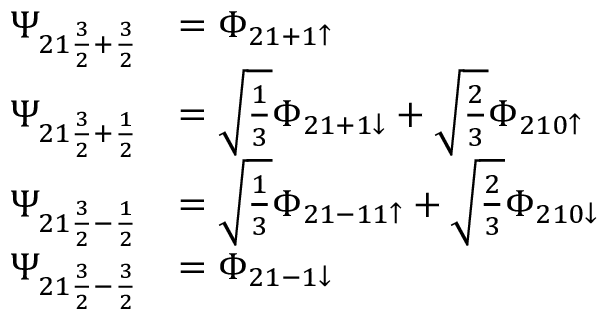
\begin{array} { r l } { \Psi _ { 2 1 \frac { 3 } { 2 } + \frac { 3 } { 2 } } } & { = \Phi _ { 2 1 + 1 \uparrow } } \\ { \Psi _ { 2 1 \frac { 3 } { 2 } + \frac { 1 } { 2 } } } & { = \sqrt { \frac { 1 } { 3 } } \Phi _ { 2 1 + 1 \downarrow } + \sqrt { \frac { 2 } { 3 } } \Phi _ { 2 1 0 \uparrow } } \\ { \Psi _ { 2 1 \frac { 3 } { 2 } - \frac { 1 } { 2 } } } & { = \sqrt { \frac { 1 } { 3 } } \Phi _ { 2 1 - 1 1 \uparrow } + \sqrt { \frac { 2 } { 3 } } \Phi _ { 2 1 0 \downarrow } } \\ { \Psi _ { 2 1 \frac { 3 } { 2 } - \frac { 3 } { 2 } } } & { = \Phi _ { 2 1 - 1 \downarrow } } \end{array}